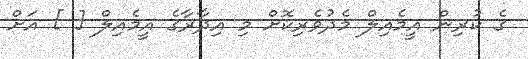
ގެ ކުރިން އީމެއިލް މެދުވެރިކޮށް މި އިދާރާގެ އީމެއިލް [ ] އަށް